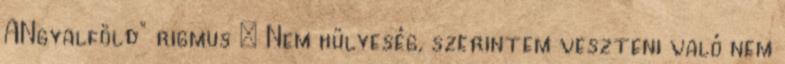
ANgyalföld" rigmus : Nem hülyeség, szerintem veszteni való nem